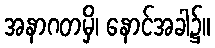
အနာဂတမှိ၊ နောင်အခါ၌။